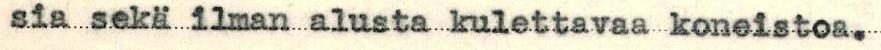
sia sekä ilman alusta kulettavaa koneistoa.